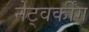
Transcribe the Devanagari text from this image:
नेट्वर्कींग